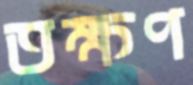
তক্ষণ